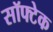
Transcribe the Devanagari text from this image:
सॉफ्टेक